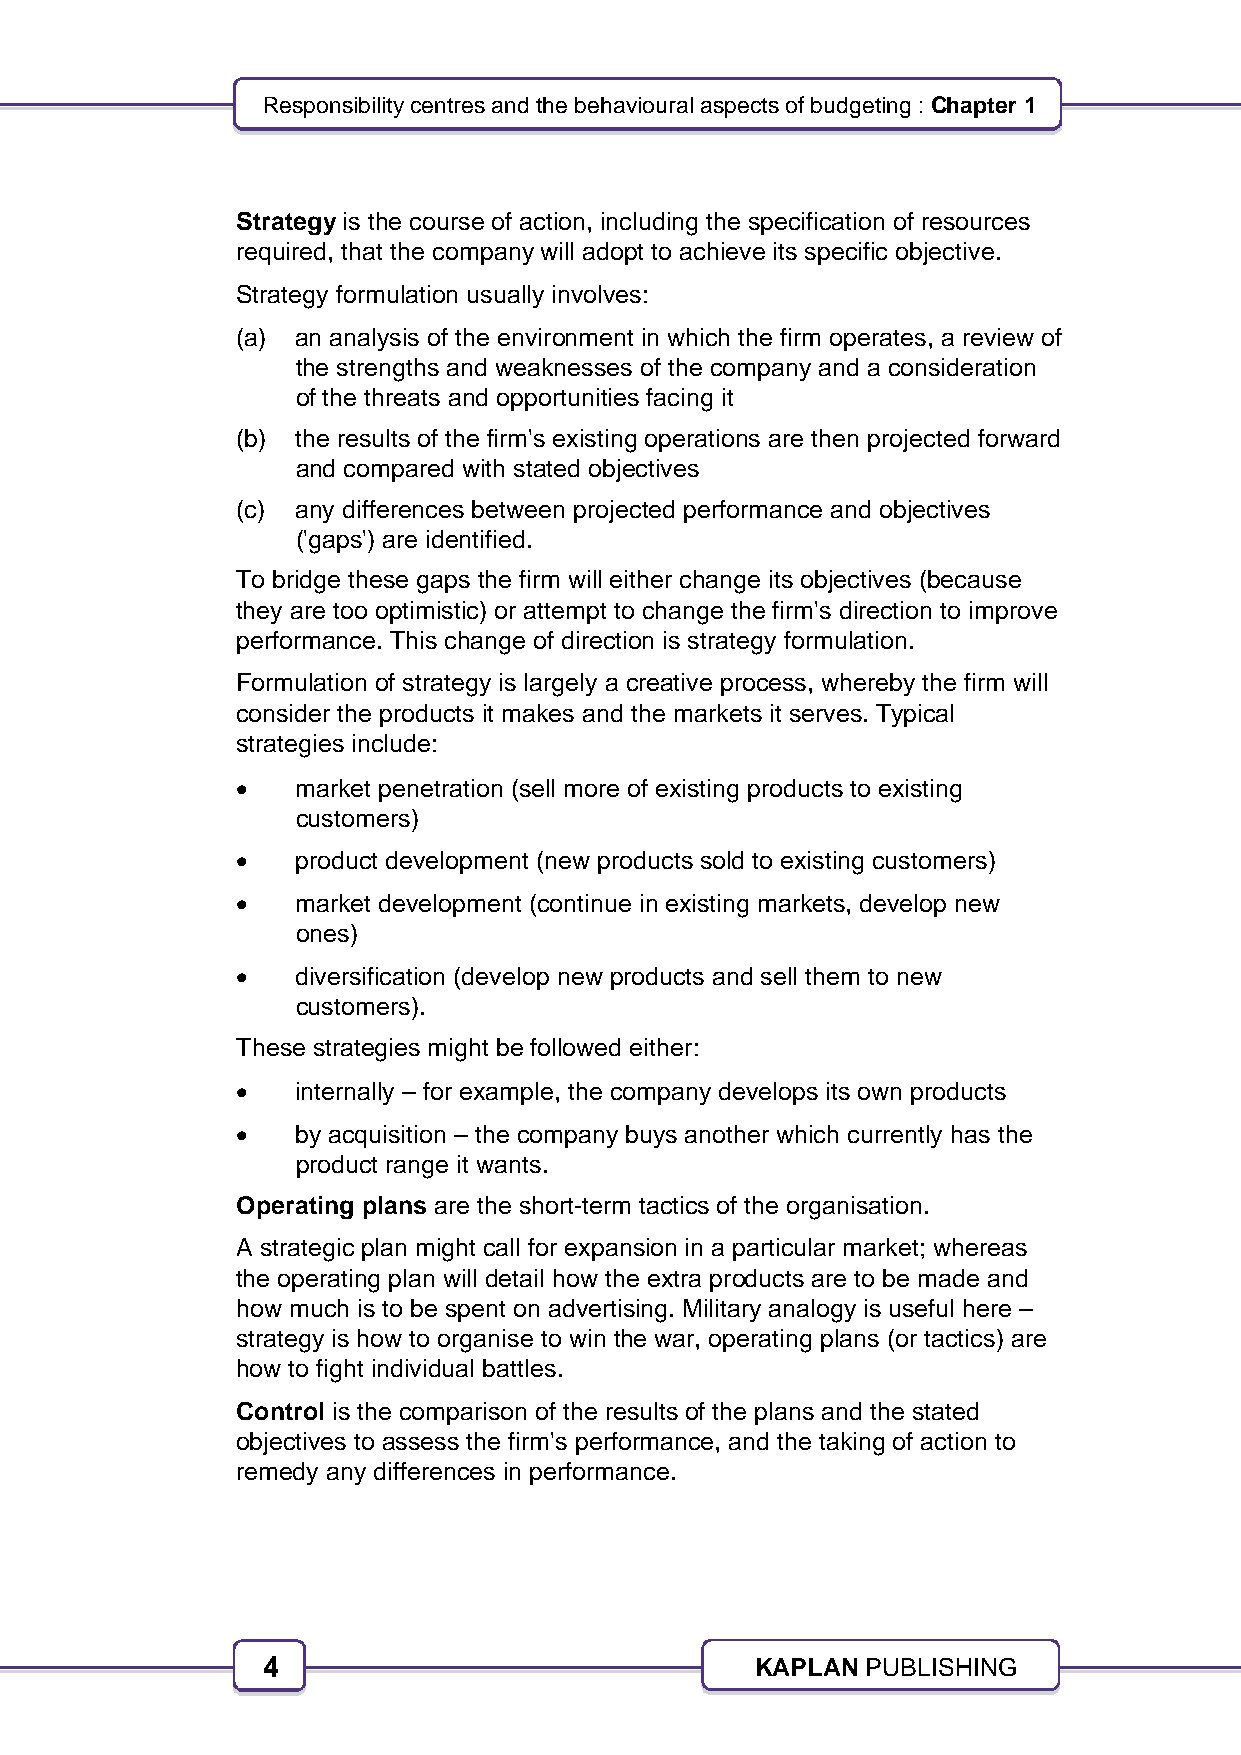
Responsibility centres and the behavioural aspects of budgeting : Chapter 1
 Strategy is the course of action, including the specification of resources
 required, that the company will adopt to achieve its specific objective.
 Strategy formulation usually involves:
 (a) an analysis of the environment in which the firm operates, a review of
 the strengths and weaknesses of the company and a consideration
 of the threats and opportunities facing it
 (b) the results of the firm's existing operations are then projected forward
 and compared with stated objectives
 (c) any differences between projected performance and objectives
 ('gaps') are identified.
 To bridge these gaps the firm will either change its objectives (because
 they are too optimistic) or attempt to change the firm's direction to improve
 performance. This change of direction is strategy formulation.
 Formulation of strategy is largely a creative process, whereby the firm will
 consider the products it makes and the markets it serves. Typical
 strategies include:
    market penetration (sell more of existing products to existing
 customers)
    product development (new products sold to existing customers)
    market development (continue in existing markets, develop new
 ones)
    diversification (develop new products and sell them to new
 customers).
 These strategies might be followed either:
    internally – for example, the company develops its own products
    by acquisition – the company buys another which currently has the
 product range it wants.
 Operating plans are the short-term tactics of the organisation.
 A strategic plan might call for expansion in a particular market; whereas
 the operating plan will detail how the extra products are to be made and
 how much is to be spent on advertising. Military analogy is useful here –
 strategy is how to organise to win the war, operating plans (or tactics) are
 how to fight individual battles.
 Control is the comparison of the results of the plans and the stated
 objectives to assess the firm's performance, and the taking of action to
 remedy any differences in performance.
 4                                KAPLAN PUBLISHING